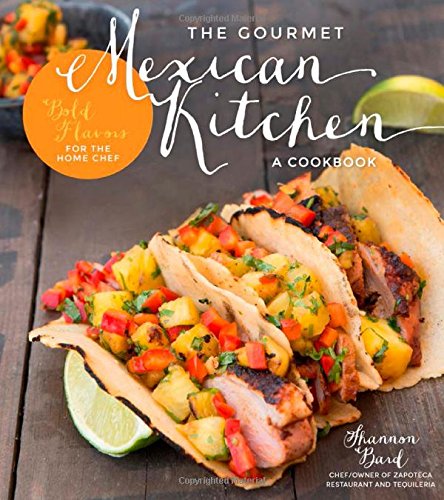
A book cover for The Gourmet Mexican Kitchen- A Cookbook: Bold Flavors For the Home Chef; Shannon Bard; Cookbooks, Food & Wine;